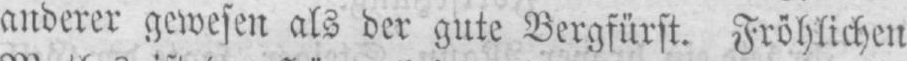
anderer gewesen als der gute Bergfürst. Fröhlichen